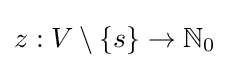
z:V\setminus \{s\}\rightarrow \mathbb {N} _{0}